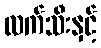
လက်သီးနှင့်